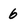
Character: 6